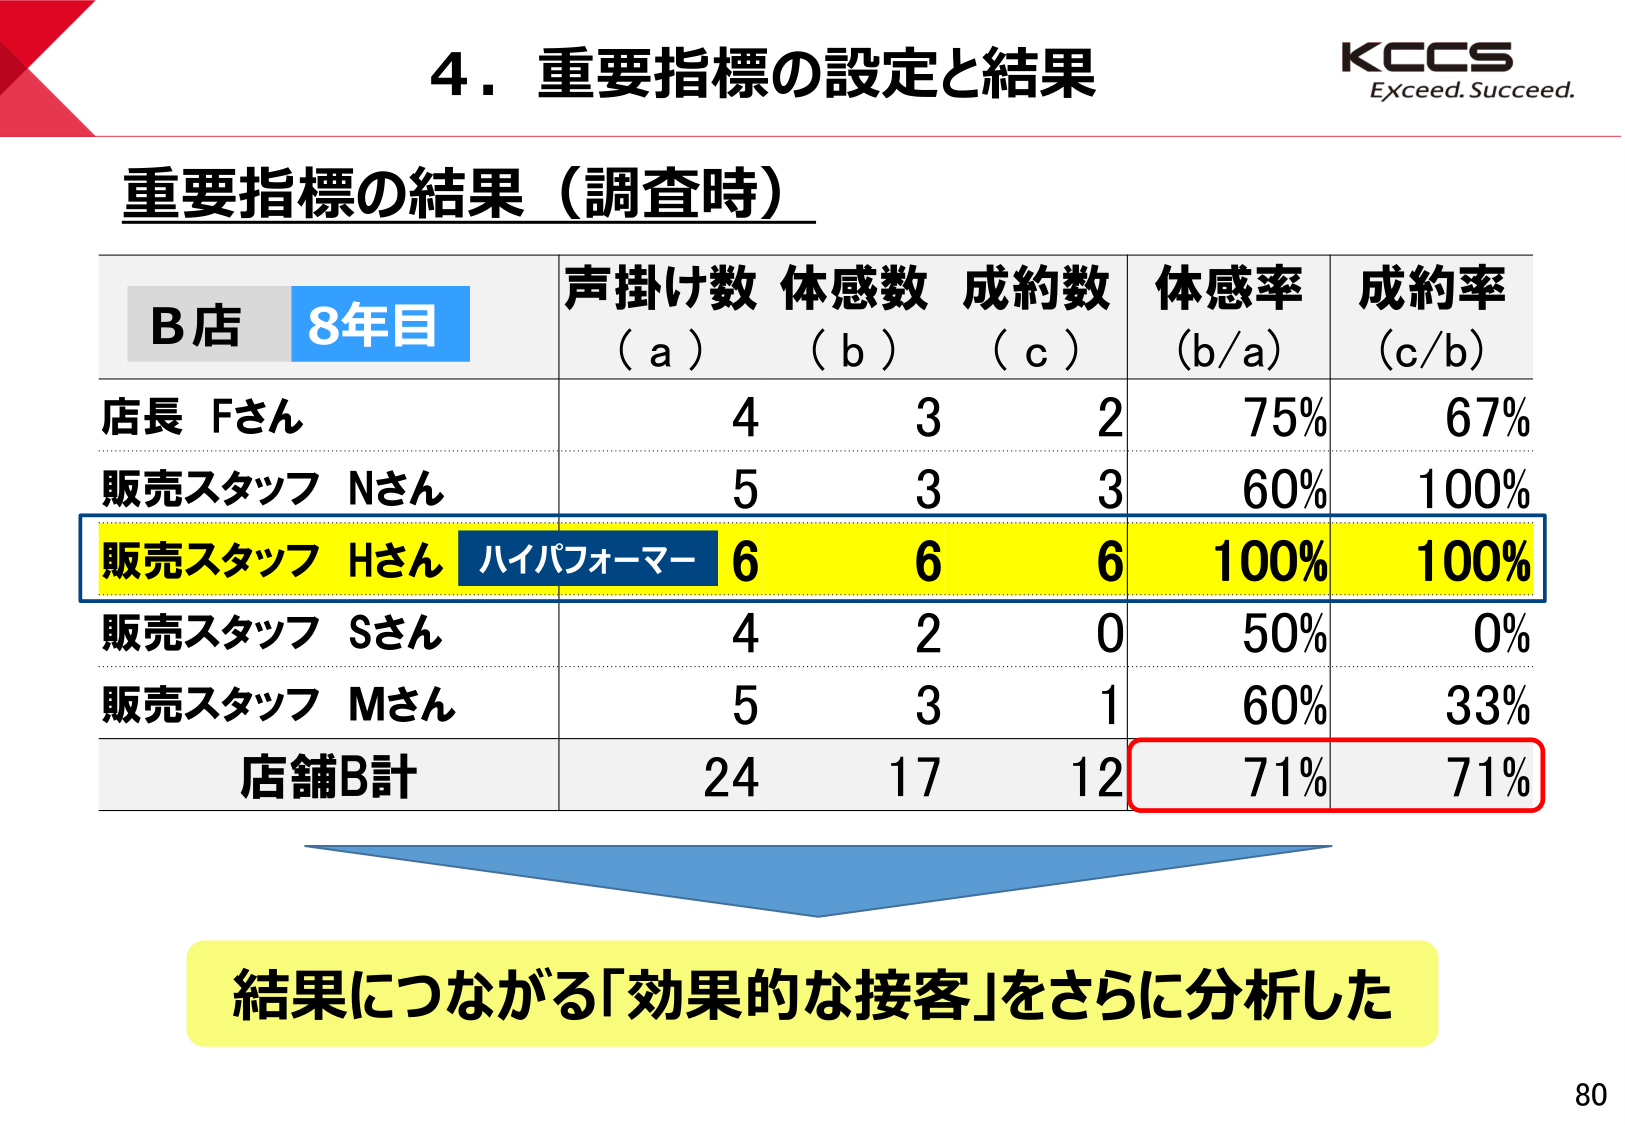
4．重要指標の設定と結果
KCCS
Exceed. Succeed.

重要指標の結果（調査時）

B店 8年目
声掛け数（a） 体感数（b） 成約数（c） 体感率（b/a） 成約率（c/b）

店長 Fさん
4 3 2 75% 67%

販売スタッフ Nさん
5 3 3 60% 100%

販売スタッフ Hさん ハイパフォーマー 6 6 6 100% 100%

販売スタッフ Sさん
4 2 0 50% 0%

販売スタッフ Mさん
5 3 1 60% 33%

店舗B計
24 17 12 71% 71%

結果につながる「効果的な接客」をさらに分析した

80